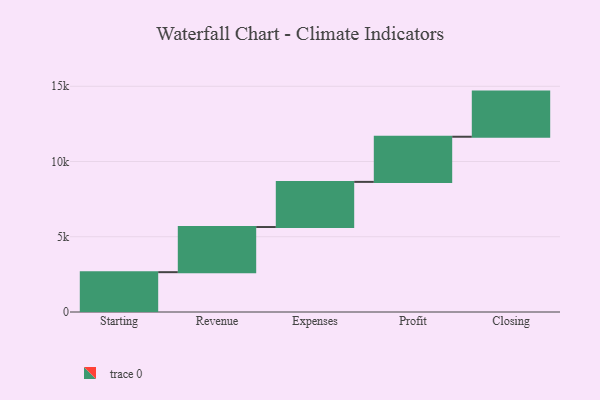
{"axis": {"x": "Step", "y": "Value"}, "legend": [""], "data": [{"x": "Starting", "y": 2647.0, "type": ""}, {"x": "Revenue", "y": 3000, "type": ""}, {"x": "Expenses", "y": 3000, "type": ""}, {"x": "Profit", "y": 3000, "type": ""}, {"x": "Closing", "y": 3000, "type": ""}]}